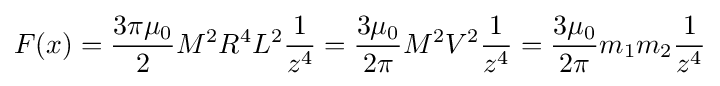
F(x)={\frac {3\pi \mu _{0}}{2}}M^{2}R^{4}L^{2}{\frac {1}{z^{4}}}={\frac {3\mu _{0}}{2\pi }}M^{2}V^{2}{\frac {1}{z^{4}}}={\frac {3\mu _{0}}{2\pi }}m_{1}m_{2}{\frac {1}{z^{4}}}